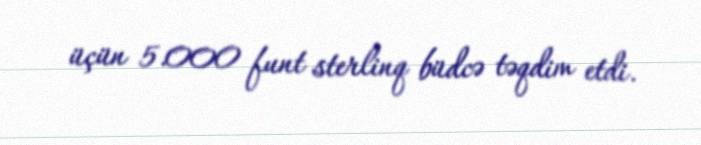
üçün 5.000 funt sterlinq büdcə təqdim etdi.